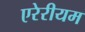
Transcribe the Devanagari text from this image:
एरेरीयम